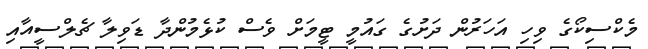
މެކްސިކޯގެ ވިހި އަހަރުން ދަށުގެ ގައުމީ ޓީމަށް ވެސް ކުޅެމުންދާ ޑަވިލާ ޗެލްސީއާއި